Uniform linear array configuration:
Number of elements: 24
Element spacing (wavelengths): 0.25
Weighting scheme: hann
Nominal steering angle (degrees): -30
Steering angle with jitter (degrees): -31.178
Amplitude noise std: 0.05
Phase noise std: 0.05

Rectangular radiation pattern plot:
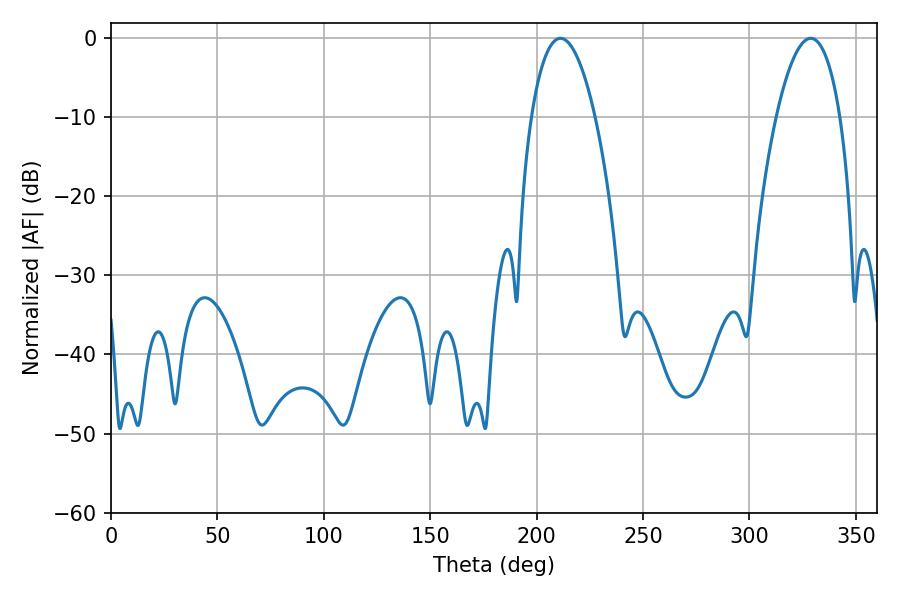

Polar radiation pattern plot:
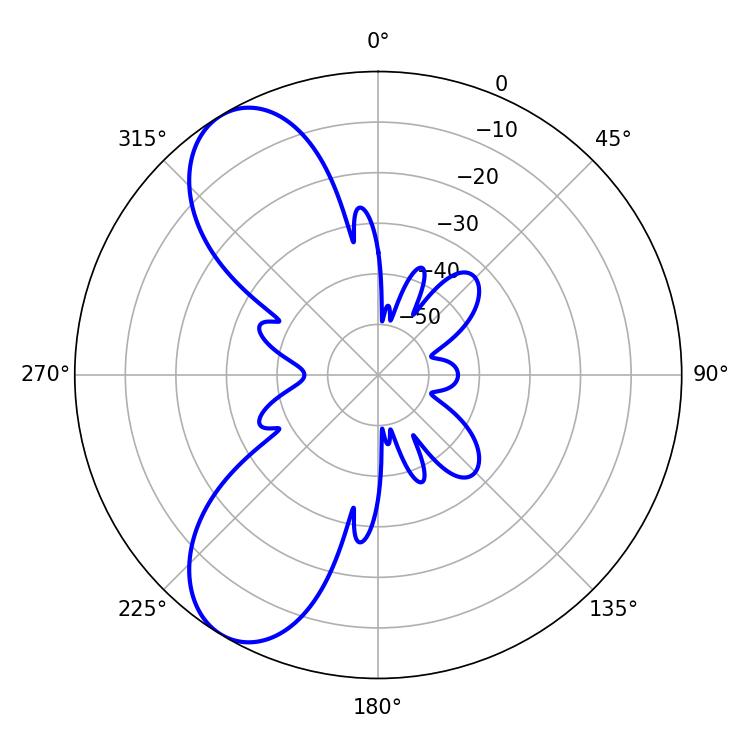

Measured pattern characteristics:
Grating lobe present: FALSE
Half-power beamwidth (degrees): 16.74
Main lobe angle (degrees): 211.14